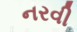
નરવી